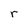
Character: r